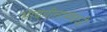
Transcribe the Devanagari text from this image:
भावगीतासंबंधी